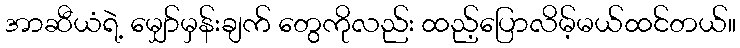
အာဆီယံရဲ့ မျှော်မှန်းချက် တွေကိုလည်း ထည့်ပြောလိမ့်မယ်ထင်တယ်။